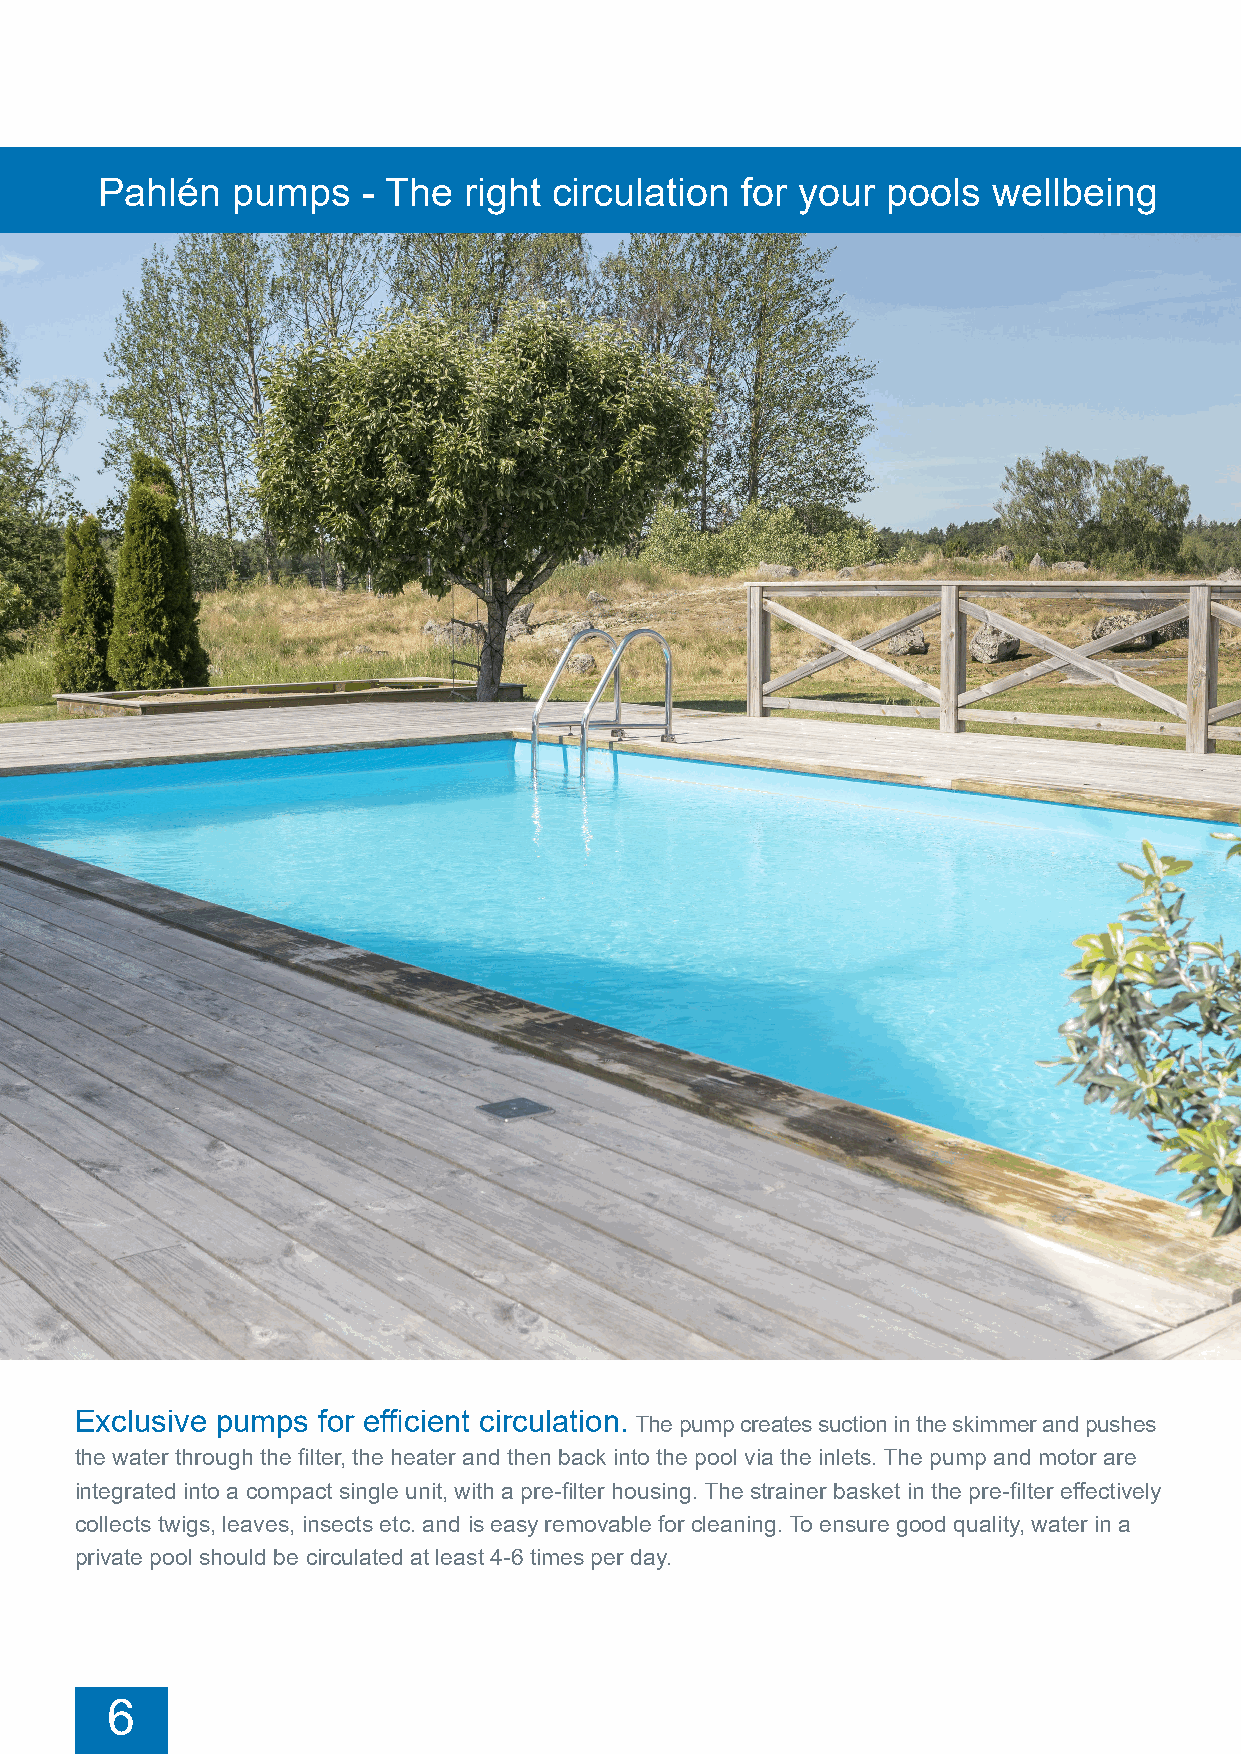
Pool  pumps
 Pahlén   pumps    - The  right circulation for your  pools  wellbeing
 Exclusive pumps for efficient circulation. The pump creates suction in the skimmer and pushes
 the water through the filter, the heater and then back into the pool via the inlets. The pump and motor are
 integrated into a compact single unit, with a pre-filter housing. The strainer basket in the pre-filter effectively
 collects twigs, leaves, insects etc. and is easy removable for cleaning. To ensure good quality, water in a
 private pool should be circulated at least 4-6 times per day.
 6